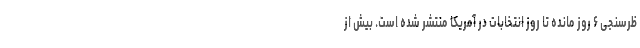
ظرسنجی ۶ روز مانده تا روز انتخابات در آمریکا منتشر شده است. بیش از